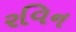
રવિન